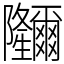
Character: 鿧